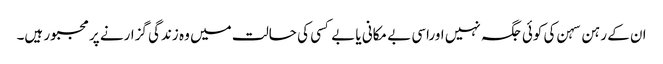
ان کے رہن سہن کی کوئی جگہ نہیں اوراسی بے مکانی یا بے کسی کی حالت میں وہ زندگی گزارنے پر مجبور ہیں۔